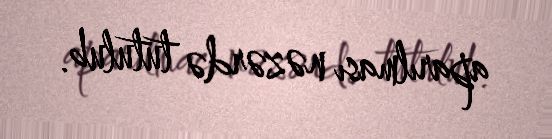
aparılması nəzərdə tutulub.